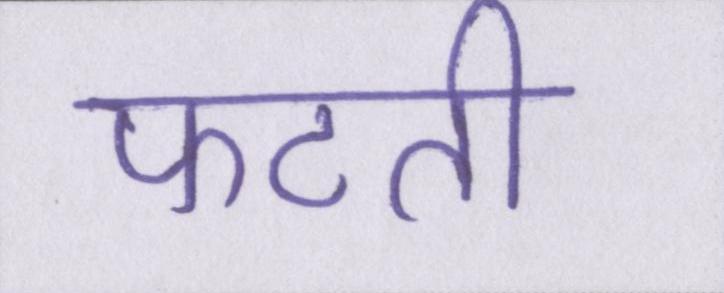
फटती